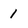
Character: 1